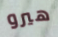
هيرو